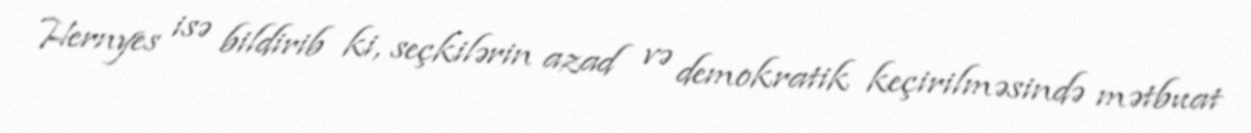
Hernyes isə bildirib ki, seçkilərin azad və demokratik keçirilməsində mətbuat